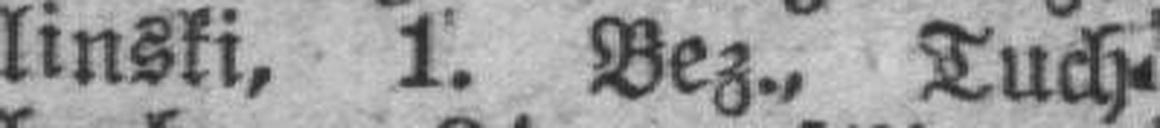
linski, 1. Bez., Tuch¬